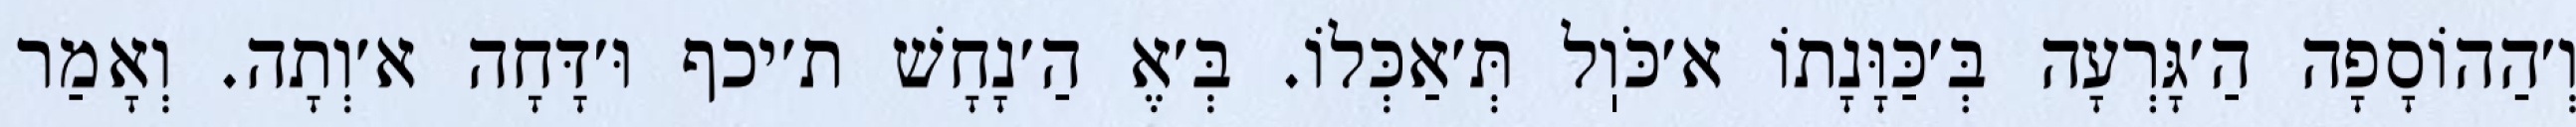
וְ׳הַהוֹסָפָה הַ׳גָּרְעָה בְּ׳כַּוָּנָתוֹ א׳כֹּוֽל תְּ׳אַכְּלוֹ. בְּ׳אֶ הַ׳נָחָשׁ ת׳יכף וּ׳דָּחָה א׳וְתָה. וְאָמַר